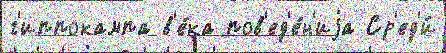
г'иппокампа в'е́ка пов'ед'е́н'иjа Ср'ед'и́